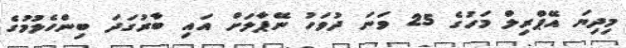
މިދިޔަ އޭޕްރިލް މަހުގެ 25 ވަނަ ދުވަހު ނޭޕާލަށް އައި ބާރުގަދަ ބިންހެލުމުގެ